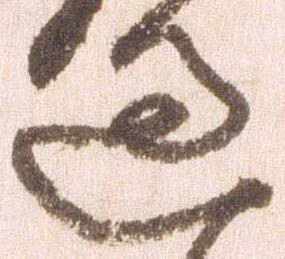
過